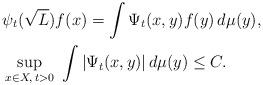
LaTeX: \begin{align*} &\psi_t(\sqrt{L})f(x) = \int \Psi_t(x,y) f(y) \,d\mu(y), \cr &\sup_{x\in X,\, t>0} \ \int |\Psi_t(x,y)|\, d\mu(y) \leq C. \end{align*}